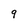
Character: 9